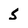
Character: 5